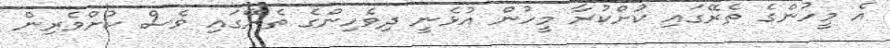
އެ މީހުންގެ ތެރޭގައި ކުށްކުރާ މީހުން އުޅެނީ ދިވެހިންގެ ތެރޭގައި ވެސް ކުށްވެރިން